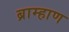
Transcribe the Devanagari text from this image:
ब्राम्हाण